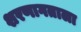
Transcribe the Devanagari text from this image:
शरणागताला